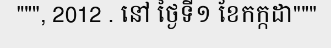
""", 2012 . នៅ ថ្ងៃទី១ ខែកក្កដា"""